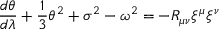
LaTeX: \frac { d \theta } { d \lambda } + \frac { 1 } { 3 } \theta ^ { 2 } + \sigma ^ { 2 } - \omega ^ { 2 } = - R _ { \mu \nu } \xi ^ { \mu } \xi ^ { \nu }